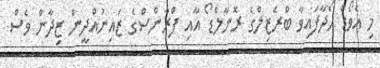
މި އެވޯޑް ހޯދާފައިވާ ބްރެޒިލްގެ ރޮނާލްޑޯ އާއި ފްރާންސްގެ ޒައިނުއްދީން ޒިދާން ވެސް